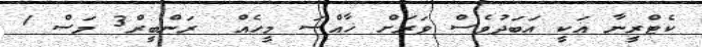
ކެޓްރީނާ އަކީ އަބަދުވެސް ވަރަށް ޚާއްސަ މީހެއް  ރަންބީރް3 މަސް 1